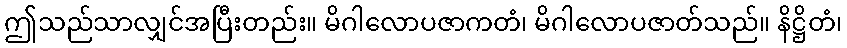
ဤသည်သာလျှင်အပြီးတည်း။ မိဂါလောပဇာကတံ၊ မိဂါလောပဇာတ်သည်။ နိဋ္ဌိတံ၊